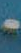
-